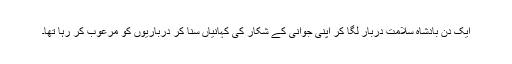
ایک دن بادشاہ سلامت دربار لگا کر اپنی جوانی کے شکار کی کہانیاں سنا کر درباریوں کو مرعوب کر رہا تھا۔